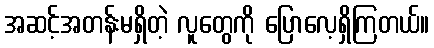
အဆင့်အတန်းမရှိတဲ့ လူတွေကို ပြောလေ့ရှိကြတယ်။